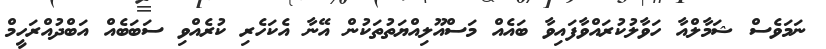
ނަމަވެސް ޝަމާލްއާ ހަވާލުކުރައްވާފައިވާ ބައެއް މަސްއޫލިއްޔަތުތަކުން އޭނާ އެކަހެރި ކުރެއްވި ސަބަބެއް އަބްދުއްރަހީމް